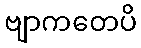
ဗျာကတေပိ